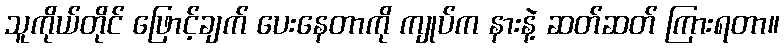
သူကိုယ်တိုင် ဖြောင့်ချက် ပေးနေတာကို ကျုပ်က နားနဲ့ ဆတ်ဆတ် ကြားရတာ။